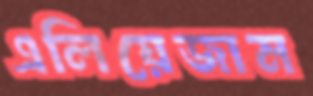
এলিয়েজাম